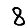
Digit: 8